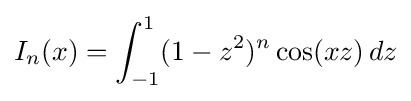
I_{n}(x)=\int _{-1}^{1}(1-z^{2})^{n}\cos(xz)\,dz